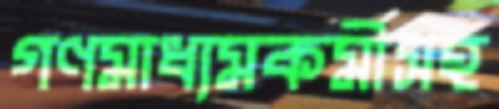
গণমাধ্যমকর্মীসহ